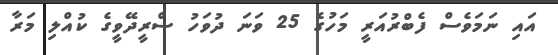
އައި ނަމަވެސް ފެބްރުއަރީ މަހުގެ 25 ވަނަ ދުވަހު ސްރީދޭވީގެ ކުއްލި މަރާ